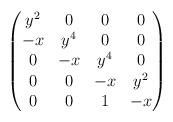
LaTeX: \begin{align*}\begin{pmatrix}y^2 & 0 &0 &0\\-x & y^4 &0 &0\\0& -x &y^4 &0\\0 & 0 & -x & y^2\\0 &0 & 1& -x \end{pmatrix}\end{align*}